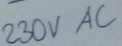
Text: 230VAC